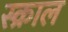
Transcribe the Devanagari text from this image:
स्क्राल